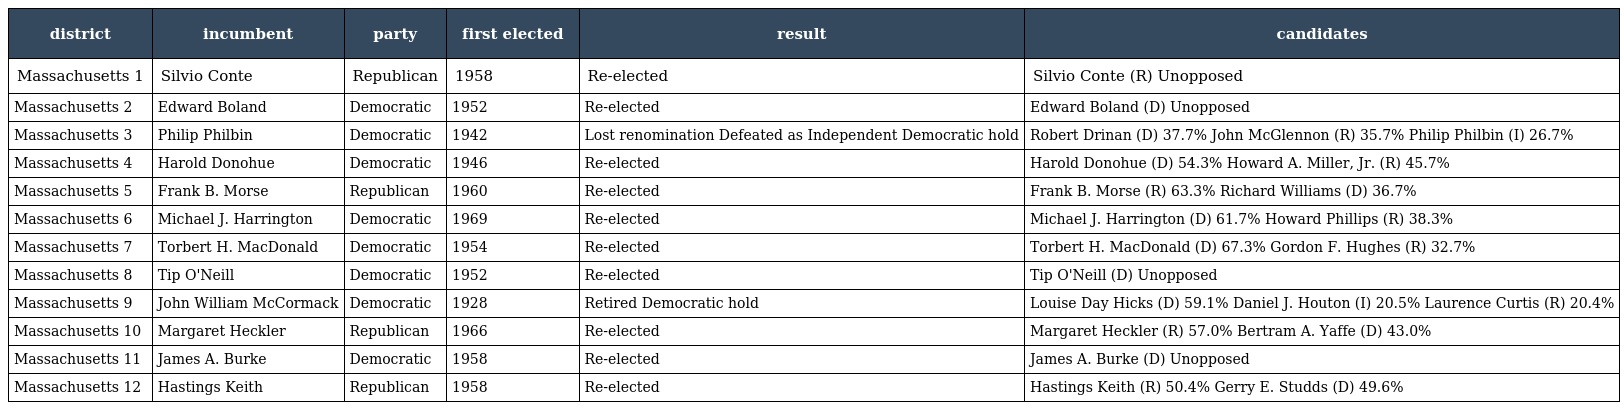
| district | incumbent | party | first elected | result | candidates |
 | --- | --- | --- | --- | --- | --- |
 | Massachusetts 1 | Silvio Conte | Republican | 1958 | Re-elected | Silvio Conte (R) Unopposed |
 | Massachusetts 2 | Edward Boland | Democratic | 1952 | Re-elected | Edward Boland (D) Unopposed |
 | Massachusetts 3 | Philip Philbin | Democratic | 1942 | Lost renomination Defeated as Independent Democratic hold | Robert Drinan (D) 37.7% John McGlennon (R) 35.7% Philip Philbin (I) 26.7% |
 | Massachusetts 4 | Harold Donohue | Democratic | 1946 | Re-elected | Harold Donohue (D) 54.3% Howard A. Miller, Jr. (R) 45.7% |
 | Massachusetts 5 | Frank B. Morse | Republican | 1960 | Re-elected | Frank B. Morse (R) 63.3% Richard Williams (D) 36.7% |
 | Massachusetts 6 | Michael J. Harrington | Democratic | 1969 | Re-elected | Michael J. Harrington (D) 61.7% Howard Phillips (R) 38.3% |
 | Massachusetts 7 | Torbert H. MacDonald | Democratic | 1954 | Re-elected | Torbert H. MacDonald (D) 67.3% Gordon F. Hughes (R) 32.7% |
 | Massachusetts 8 | Tip O'Neill | Democratic | 1952 | Re-elected | Tip O'Neill (D) Unopposed |
 | Massachusetts 9 | John William McCormack | Democratic | 1928 | Retired Democratic hold | Louise Day Hicks (D) 59.1% Daniel J. Houton (I) 20.5% Laurence Curtis (R) 20.4% |
 | Massachusetts 10 | Margaret Heckler | Republican | 1966 | Re-elected | Margaret Heckler (R) 57.0% Bertram A. Yaffe (D) 43.0% |
 | Massachusetts 11 | James A. Burke | Democratic | 1958 | Re-elected | James A. Burke (D) Unopposed |
 | Massachusetts 12 | Hastings Keith | Republican | 1958 | Re-elected | Hastings Keith (R) 50.4% Gerry E. Studds (D) 49.6% |